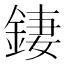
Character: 𨧬